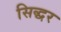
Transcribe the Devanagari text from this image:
सिद्धर